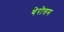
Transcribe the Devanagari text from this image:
थेरोत्तम